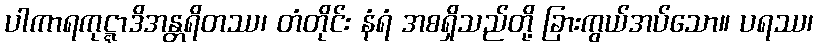
ပါကာရကုဋ္ဋာဒိအန္တရိတဿ၊ တံတိုင်း နံရံ အစရှိသည်တို့ ခြားကွယ်အပ်သော။ ပရဿ၊